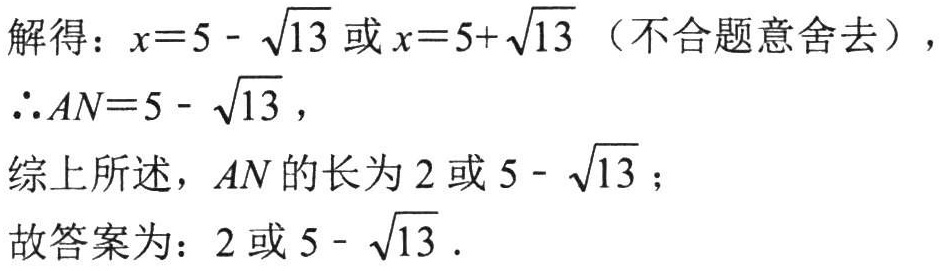
解得：\(x = 5 - \sqrt{13}\)或\(x = 5 + \sqrt{13}\)（不合题意舍去），
\(\therefore AN = 5 - \sqrt{13}\)，
综上所述，\(AN\)的长为\(2\)或\(5 - \sqrt{13}\)；
故答案为：\(2\)或\(5 - \sqrt{13}\).